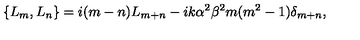
\left\{ L _ { m } , L _ { n } \right\} = i ( m - n ) L _ { m + n } - i k \alpha ^ { 2 } \beta ^ { 2 } m ( m ^ { 2 } - 1 ) \delta _ { m + n } ,